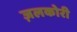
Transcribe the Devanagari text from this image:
ज़लकोरी